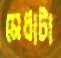
মেধাটা